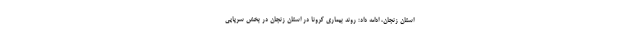
استان زنجان، ادامه داد: روند بیماری کرونا در استان زنجان در بخش سرپایی